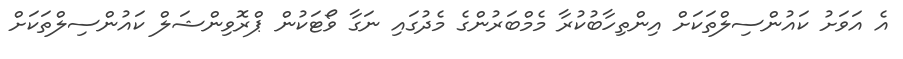
އެ އަވަށު ކައުންސިލްތަކަށް އިންތިހާބުކުރާ މެމްބަރުންގެ މެދުގައި ނަގާ ވޯޓަކުން ޕްރޮވިންޝަލް ކައުންސިލްތަކަށް